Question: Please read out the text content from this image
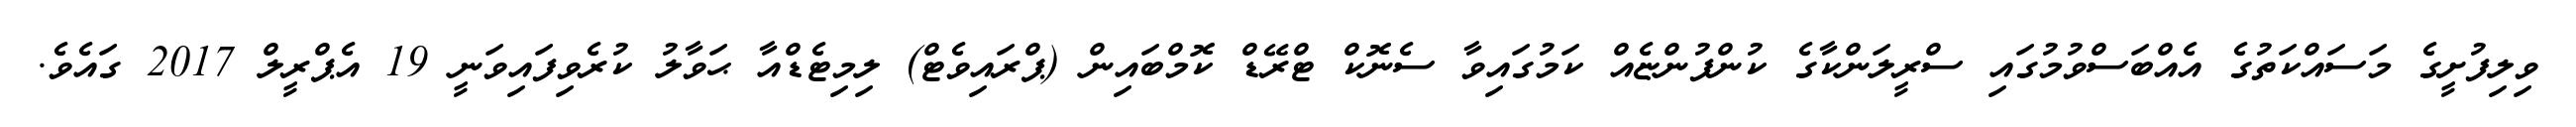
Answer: ވިލިފުށީގެ މަސައްކަތުގެ އެއްބަސްވުމުގައި ސްރީލަންކާގެ ކުންފުންޏެއް ކަމުގައިވާ ސެނޮކް ޓްރޭޑް ކޮމްބައިން (ޕްރައިވެޓް) ލިމިޓެޑްއާ ޙަވާލު ކުރެވިފައިވަނީ 19 އެޕްރީލް 2017 ގައެވެ.